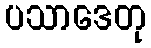
ပသာဒေတု